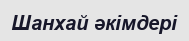
Шанхай әкімдері